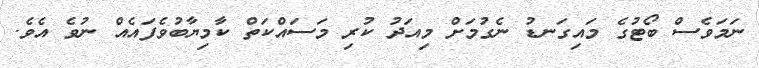
ނަމަވެސް ބޯޓުގެ މައިގަނޑު ނެގުމަށް މިއަދު ކުރި މަސައްކަތް ކާމިޔާބުވެފައެއް ނުވެ އެވެ.